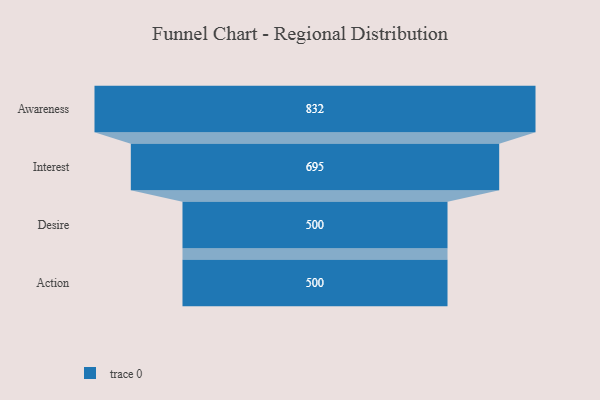
{"axis": {"x": "Stage", "y": "Value"}, "legend": [""], "data": [{"x": "Awareness", "y": 832.0, "type": ""}, {"x": "Interest", "y": 695.0, "type": ""}, {"x": "Desire", "y": 500, "type": ""}, {"x": "Action", "y": 500, "type": ""}]}